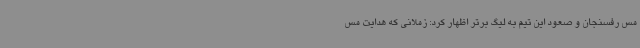
مس رفسنجان و صعود این تیم به لیگ برتر اظهار کرد: زملانی که هدایت مس